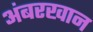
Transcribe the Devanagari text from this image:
अंबरखान